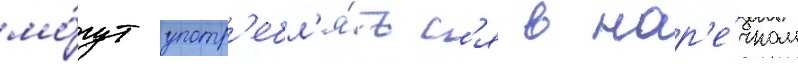
мо́гут употр'ебл'я́тьс'я в нар'е́чном